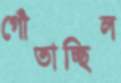
গোঁতাচ্ছিল